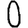
Digit: 0